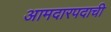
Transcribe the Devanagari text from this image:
आमदारपदाची